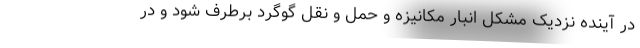
در آینده نزدیک مشکل انبار مکانیزه و حمل و نقل گوگرد برطرف شود و در